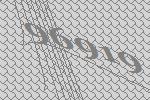
96919